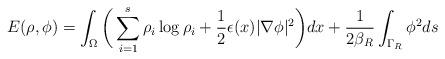
LaTeX: \begin{align*} E(\rho, \phi)= \int_{\Omega}\bigg( \sum_{i=1}^s \rho_i\log \rho_i+\frac{1}{2}\epsilon(x)|\nabla \phi|^2 \bigg )d x + \frac{1}{2\beta_R} \int_{\Gamma_R} \phi^2 ds \end{align*}